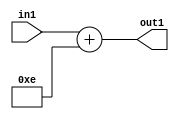
`timescale 1ps / 1ps
/*****************************************************************************
    Verilog RTL Description
    
    
    Created by: Stratus DpOpt 2019.1.01 
*******************************************************************************/

module DC_Filter_Add_12U_125_4 (
	in1,
	out1
	); /* architecture "behavioural" */ 
input [11:0] in1;
output [11:0] out1;
wire [11:0] asc001;

assign asc001 = 
	+(in1)
	+(12'B000000001110);

assign out1 = asc001;
endmodule

/* CADENCE  urn0SQk= : u9/ySgnWtBlWxVPRXgAZ4Og= ** DO NOT EDIT THIS LINE ******/